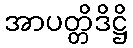
အာပတ္တိဒိဋ္ဌိ